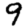
Digit: 9